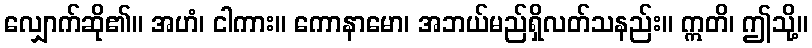
လျှောက်ဆို၏။ အဟံ၊ ငါကား။ ကောနာမော၊ အဘယ်မည်ရှိလတ်သနည်း။ ဣတိ၊ ဤသို့။